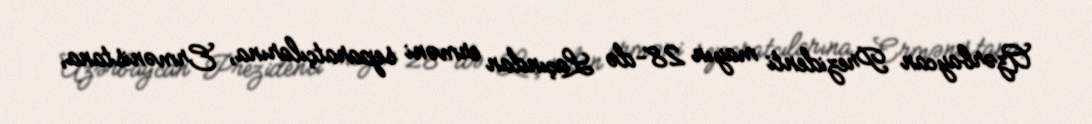
Azərbaycan Prezidenti mayın 28-də Laçından erməni separatçılarına, Ermənistana,